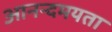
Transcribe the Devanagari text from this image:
आनन्दमयता